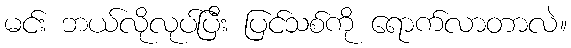
မင်း ဘယ်လိုလုပ်ပြီး ပြင်သစ်ကို ရောက်လာတာလဲ။